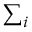
\textstyle \sum _ { i }